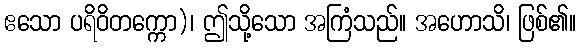
ဧသော ပရိဝိတက္ကော)၊ ဤသို့သော အကြံသည်။ အဟောသိ၊ ဖြစ်၏။